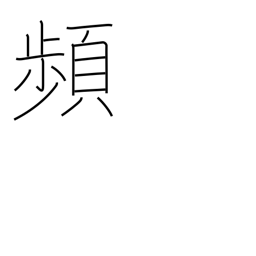
Meaning: recur